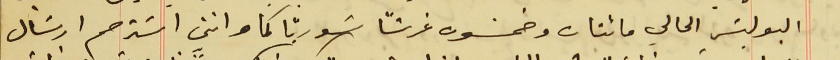
البوليسَ الحالي مائتان وخمسَون غرشاً سَوريًا كما وانني اسَترحم ارسَال